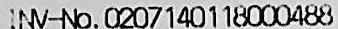
INV-NO. 0207140118000488